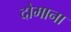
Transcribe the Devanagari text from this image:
दोमाना